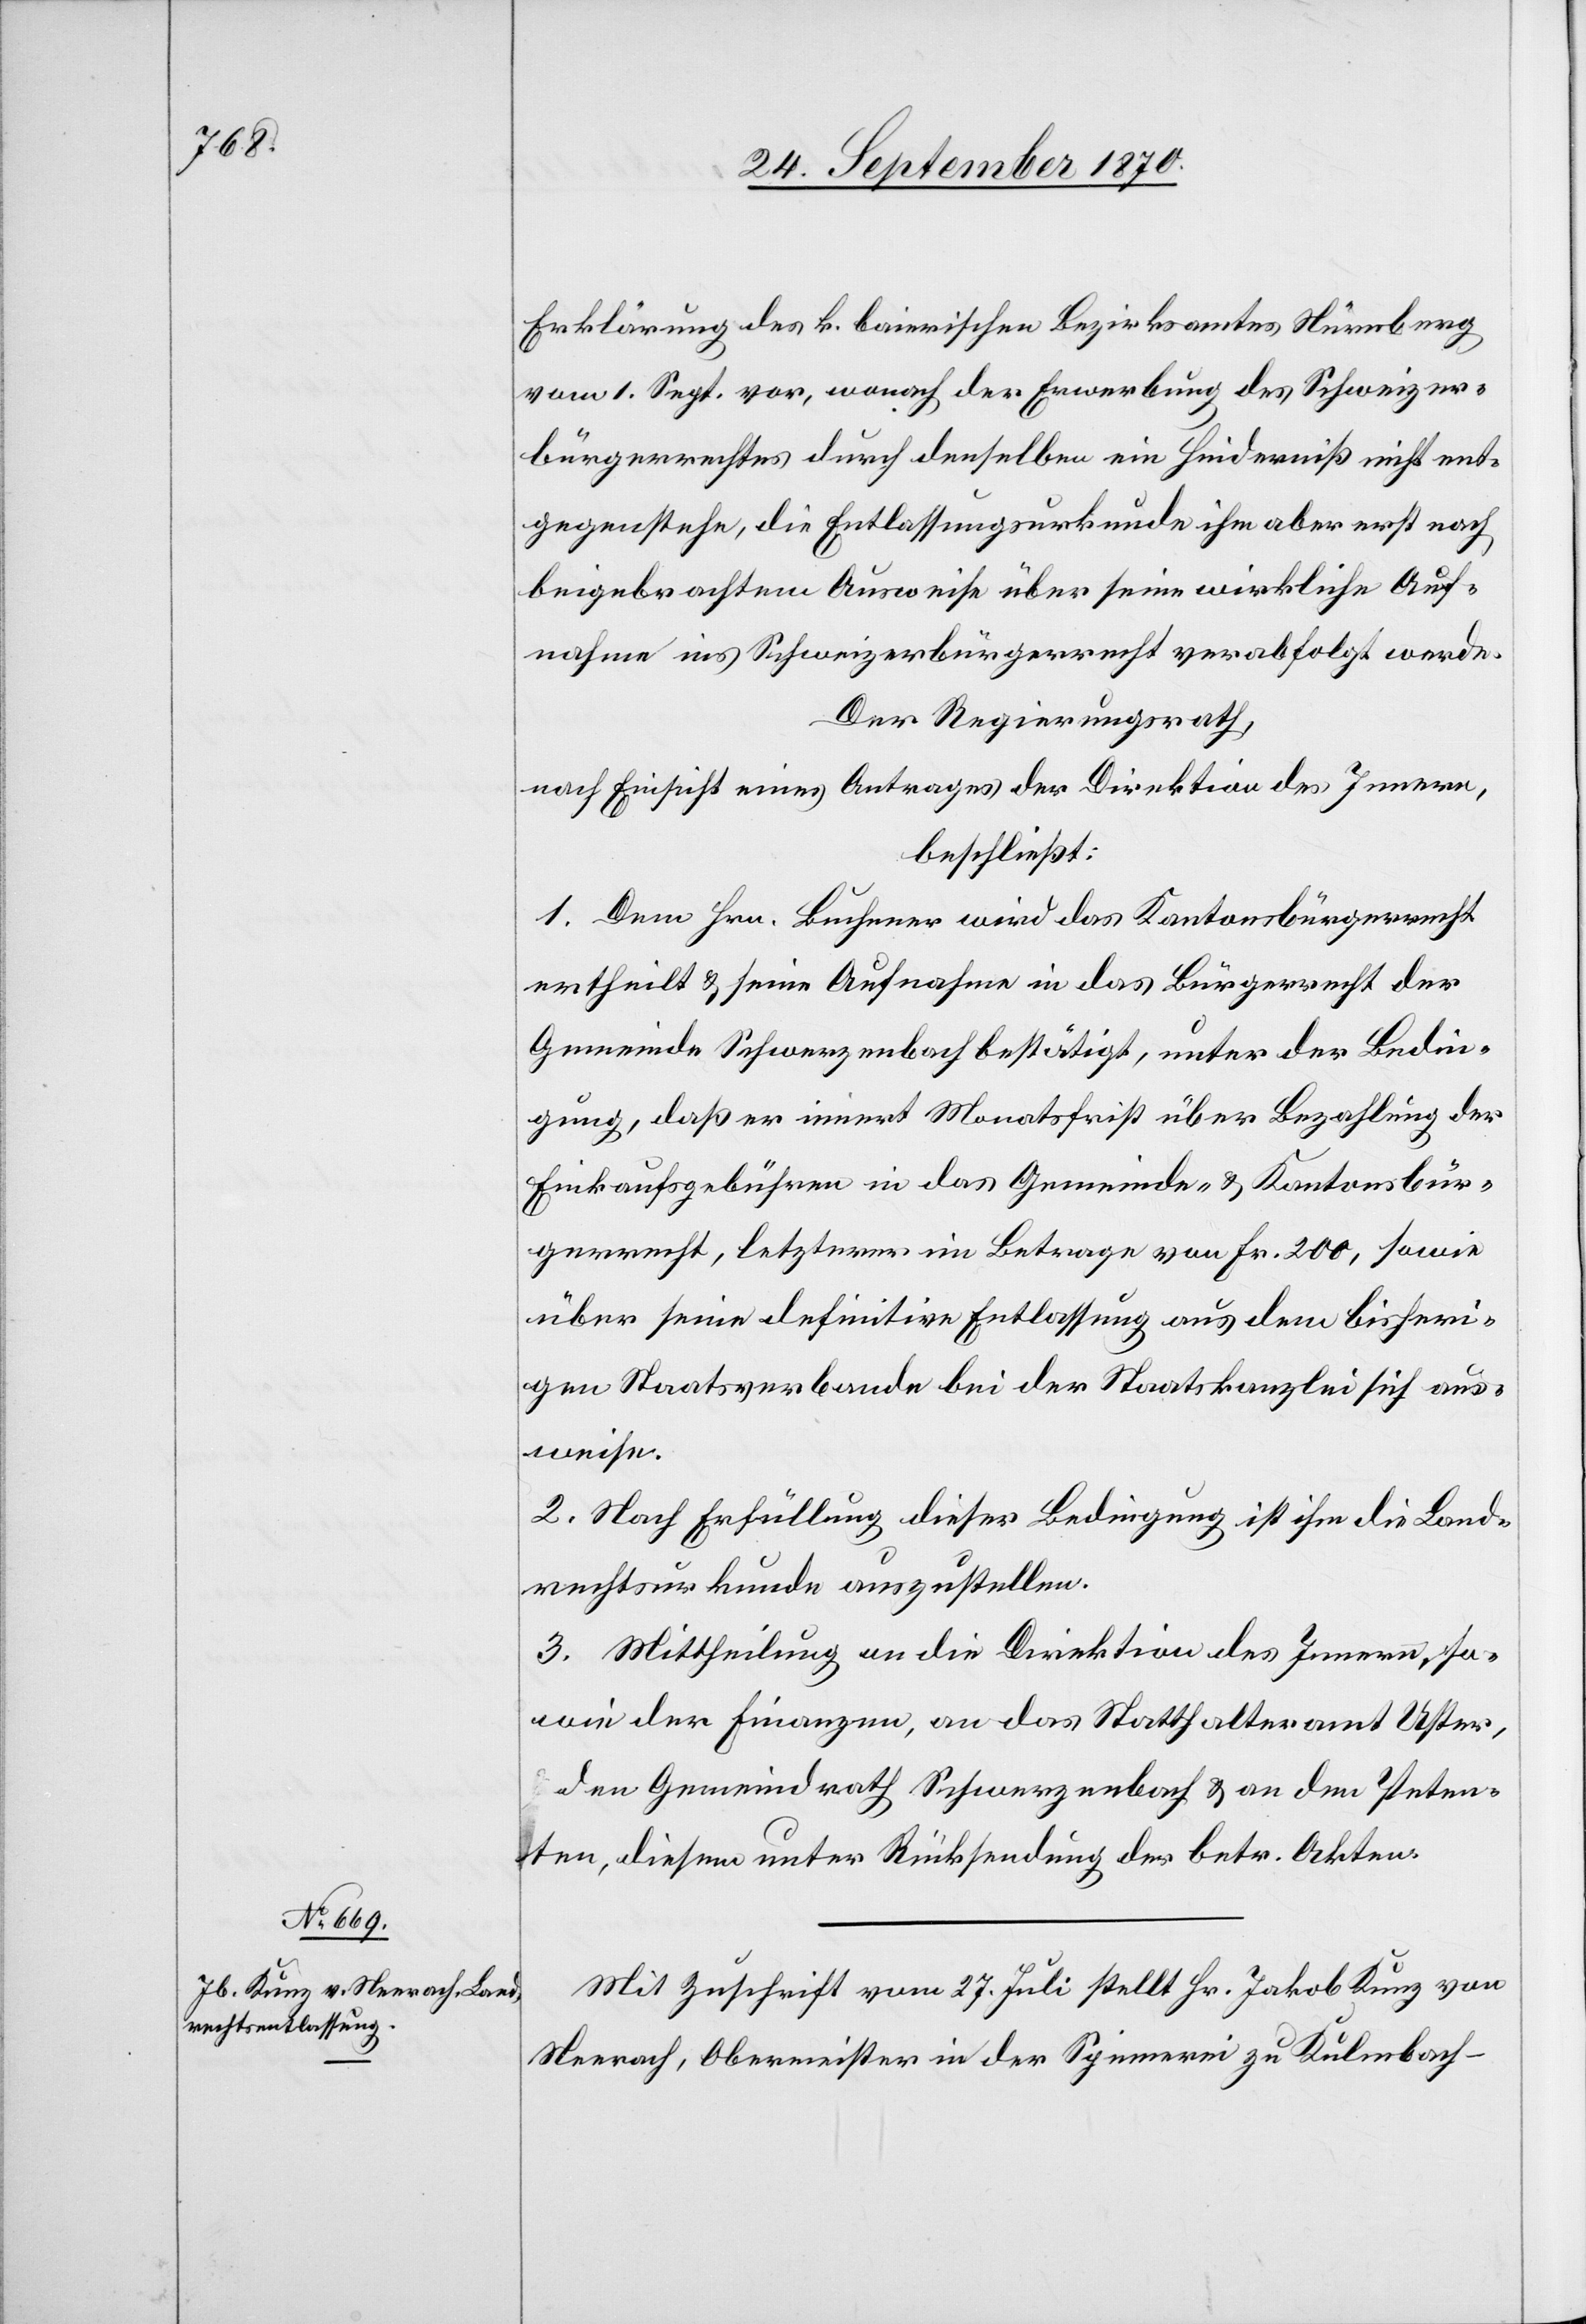
Mit Zuschrift vom 27. Juli stellt Hr. Jakob Kunz von
Neerach, Obermeister in der Spinnerei zu Kulmbach